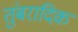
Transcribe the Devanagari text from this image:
तुंबरादिक